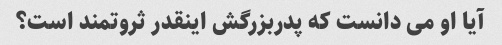
آیا او می دانست که پدربزرگش اینقدر ثروتمند است؟